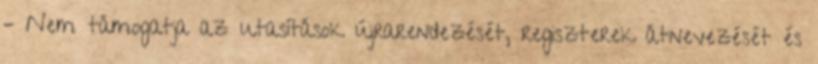
– Nem támogatja az utasítások újrarendezését, regiszterek átnevezését és